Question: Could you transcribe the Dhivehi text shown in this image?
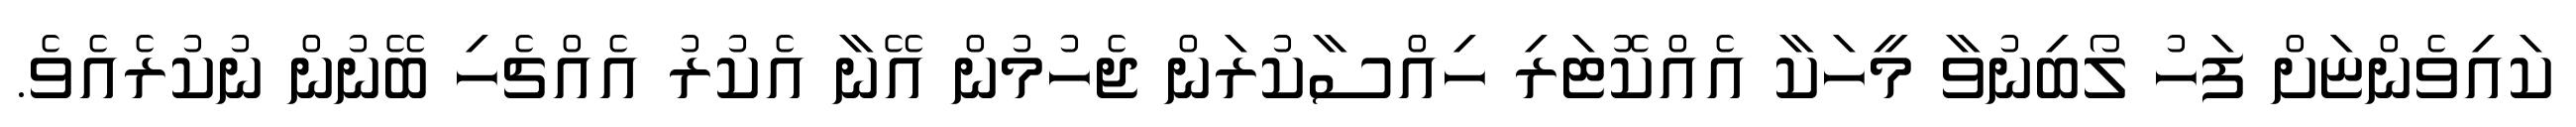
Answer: ކައިވެންޏަށް ފަހު ލޯބިނުވާ މީހަކާ އެއްކޮޓަރި ހިއްސާކުރަން ޖެހުމުން އޭނާ އެކުރު އެއްޗެހި ބޭނުން ނުކުރެއެވެ.